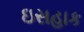
ઇસહાક